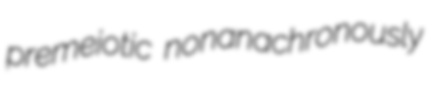
premeiotic nonanachronously